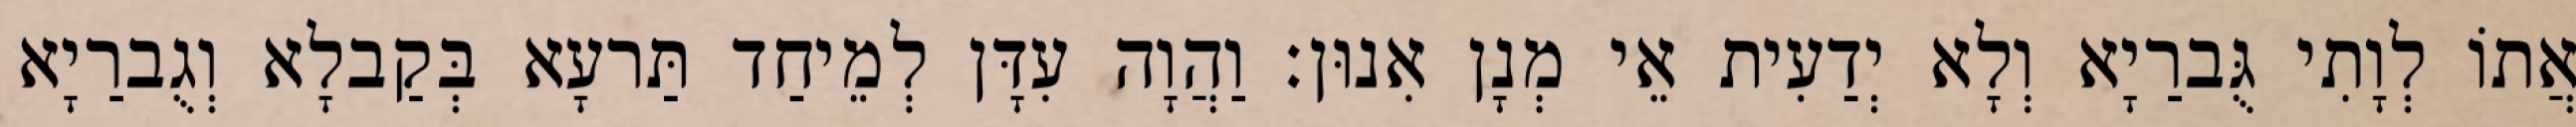
אֲתוֹ לְוָתִי גֻּברַיָא וְלָא יְדַעִית אֵי מְנָן אִנוּן׃ וַהֲוָה עִדָּן לְמֵיחַד תַּרעָא בְּקַבלָא וְגֻברַיָא